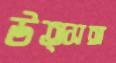
উত্সঙ্গ